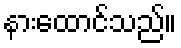
နားထောင်သည်။